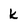
Character: k